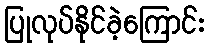
ပြုလုပ်နိုင်ခဲ့ကြောင်း